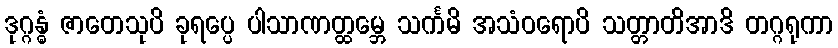
ဒုဂ္ဂန္ဓံ ဇာတေသုပိ ခုရပ္ပေ ပါသာဏတ္ထမ္ဘေ သင်္ကမိ အသံဝရောပိ သတ္တာတိအာဒိ တဂ္ဂရုကာ